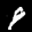
Label: 9